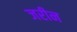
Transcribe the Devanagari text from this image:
जरीन